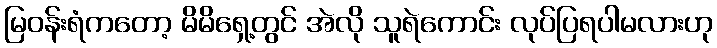
မြဝန်းရံကတော့ မိမိရှေ့တွင် အဲလို သူရဲကောင်း လုပ်ပြရပါမလားဟု